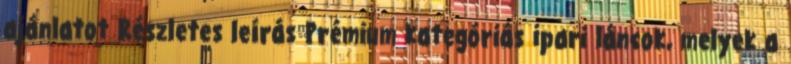
ajánlatot Részletes leírás Prémium kategóriás ipari láncok, melyek a